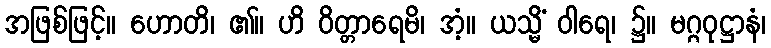
အဖြစ်ဖြင့်။ ဟောတိ၊ ၏။ ဟိ ဝိတ္တာရေမိ၊ အံ့။ ယသ္မိံ ဝါရေ၊ ၌။ မဂ္ဂဝုဋ္ဌာနံ၊